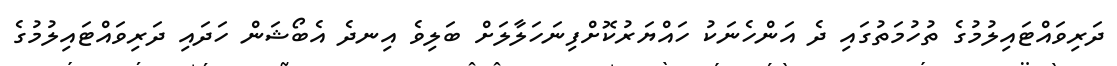
ދަރިވައްޓައިލުމުގެ ތުހުމަތުގައި ދެ އަންހެނަކު ހައްޔަރުކޮށްފިނަހަލާލަށް ބަލިވެ އިނދެ އެބޯޝަން ހަދައި ދަރިވައްޓައިލުމުގެ